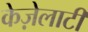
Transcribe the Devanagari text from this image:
केज़ेलाटी